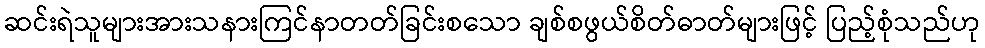
ဆင်းရဲသူများအားသနားကြင်နာတတ်ခြင်းစသော ချစ်စဖွယ်စိတ်ဓာတ်များဖြင့် ပြည့်စုံသည်ဟု